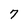
Character: 7